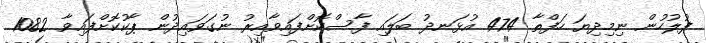
ފުލުހުން ނިމިދިޔަ ހަފްތާ 474 އުޅަނދު ބަލައި ފާސްކޮށްފައިވާއިރު ނުގަވައިދުން ޕާކުކޮށްފައިވާ 1082